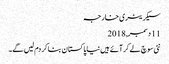
سیکریٹری خارجہ
11 دسمبر, 2018
نئی سوچ لے کر آئے ہیں نیا پاکستان بنا کر دم لیں گے۔